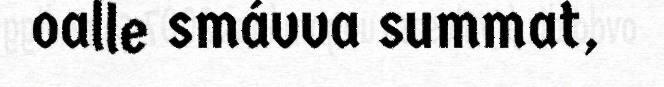
oalle smávva summat,